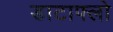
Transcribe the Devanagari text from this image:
डाटाफ्लो